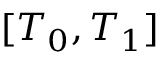
[ T _ { 0 } , T _ { 1 } ]